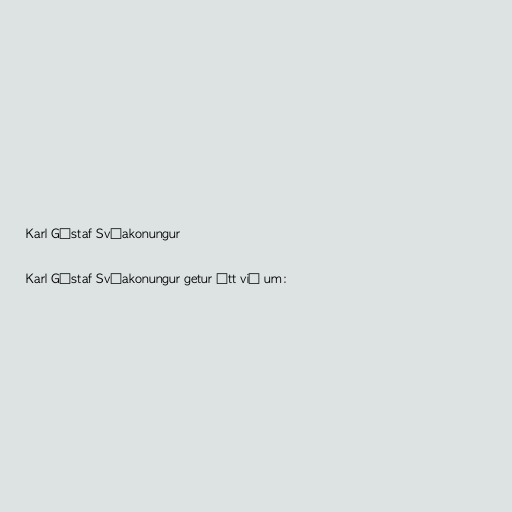
Karl Gústaf Svíakonungur

Karl Gústaf Svíakonungur getur átt við um: